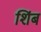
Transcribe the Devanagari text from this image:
शिंब